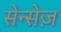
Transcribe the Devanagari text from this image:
सेन्सेज़